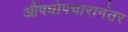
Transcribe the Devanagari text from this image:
औषधोपचारानंतर